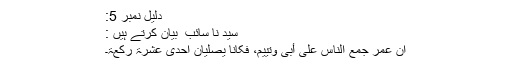
دلیل نمبر 5:
سید نا سائب ؓ بیان کرتے ہیں :
انّ عمر جمع النّاس علی أبیّ وتییم، فکانا یصلّیان احدی عشرۃ رکعۃ۔